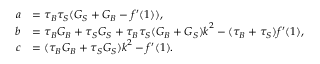
\begin{array} { r l } { a } & { = \tau _ { B } \tau _ { S } ( G _ { S } + G _ { B } - f ^ { \prime } ( 1 ) ) , } \\ { b } & { = \tau _ { B } G _ { B } + \tau _ { S } G _ { S } + \tau _ { B } \tau _ { S } ( G _ { B } + G _ { S } ) \boldsymbol { k } ^ { 2 } - ( \tau _ { B } + \tau _ { S } ) f ^ { \prime } ( 1 ) , } \\ { c } & { = ( \tau _ { B } G _ { B } + \tau _ { S } G _ { S } ) \boldsymbol { k } ^ { 2 } - f ^ { \prime } ( 1 ) . } \end{array}